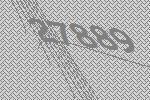
27889